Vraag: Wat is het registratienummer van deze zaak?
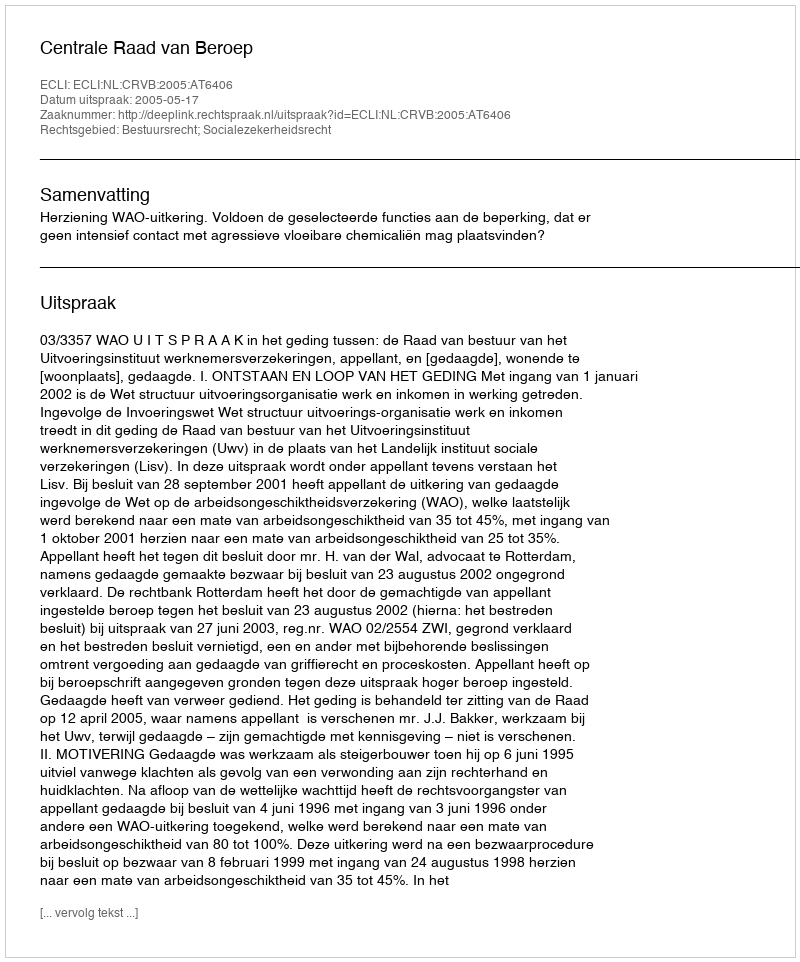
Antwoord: http://deeplink.rechtspraak.nl/uitspraak?id=ECLI:NL:CRVB:2005:AT6406